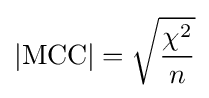
|{\text{MCC}}|={\sqrt {\frac {\chi ^{2}}{n}}}